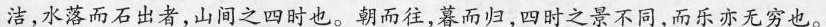
洁，水落而石出者，山间之四时也。朝而往，暮而归，四时之景不同，而乐亦无穷也。